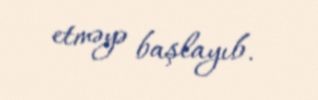
etməyə başlayıb.